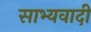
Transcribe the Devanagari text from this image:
साभ्यवादी